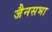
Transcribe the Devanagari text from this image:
जैनसभा